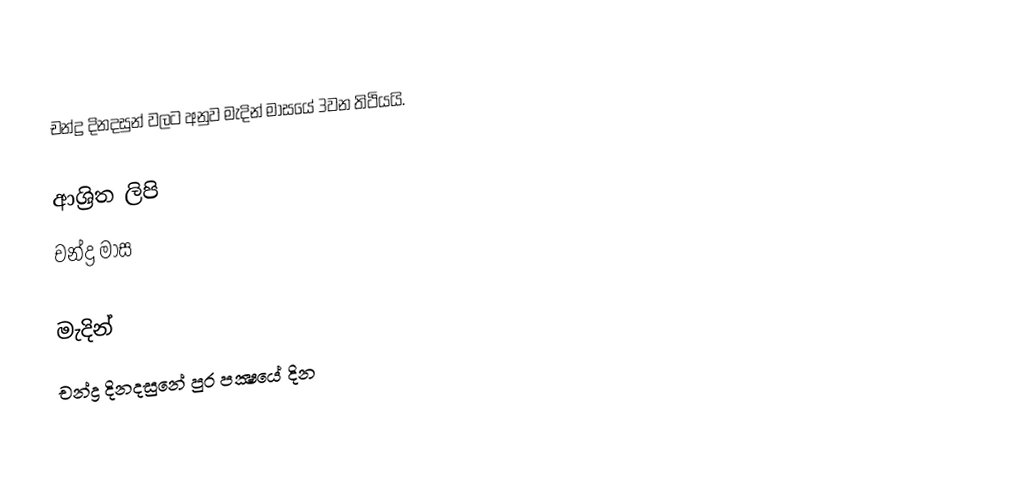
චන්ද්‍ර දිනදසුන් වලට අනුව මැදින් මාසයේ 3වන තිථියයි.

ආශ්‍රිත ලිපි
 චන්ද්‍ර මාස

මැදින්
චන්ද්‍ර දිනදසුනේ පුර පක්‍ෂයේ දින